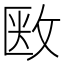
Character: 𢽇